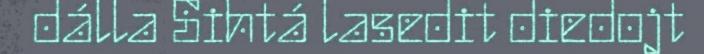
dálla Sihtá lasedit diedojt